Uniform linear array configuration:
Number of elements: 4
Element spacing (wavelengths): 0.75
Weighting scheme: exponential
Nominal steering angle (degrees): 60
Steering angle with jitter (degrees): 59.989
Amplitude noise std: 0.05
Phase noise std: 0.05

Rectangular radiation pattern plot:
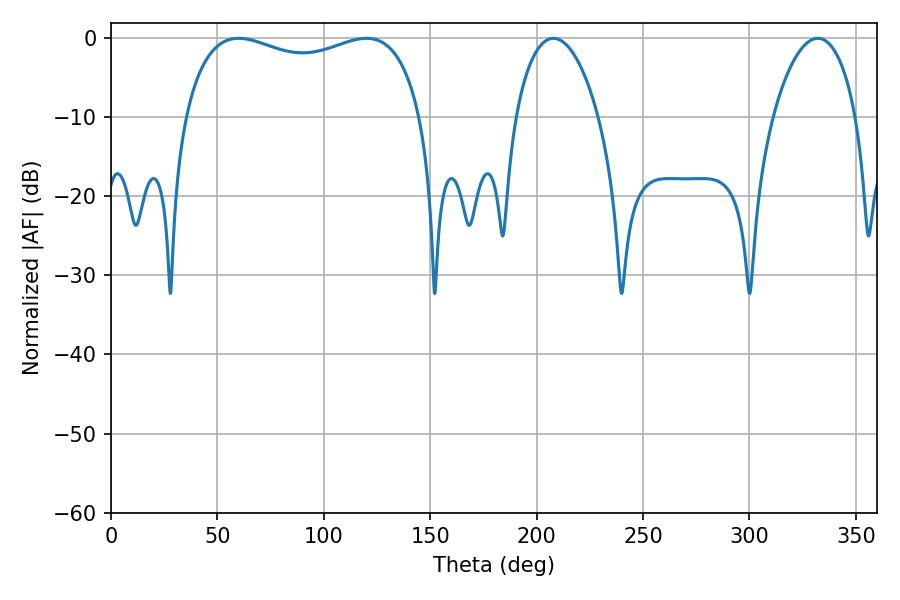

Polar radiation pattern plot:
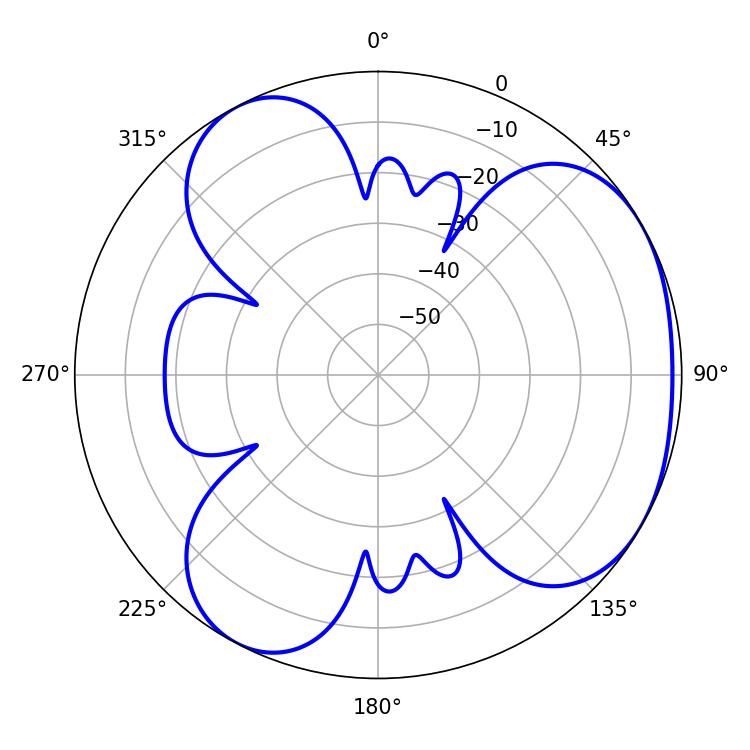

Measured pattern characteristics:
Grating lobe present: TRUE
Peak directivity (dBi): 3.794
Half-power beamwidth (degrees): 91.44
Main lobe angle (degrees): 59.94